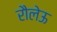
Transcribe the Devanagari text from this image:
रौलेऊ